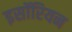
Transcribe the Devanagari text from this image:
इसॉरियन